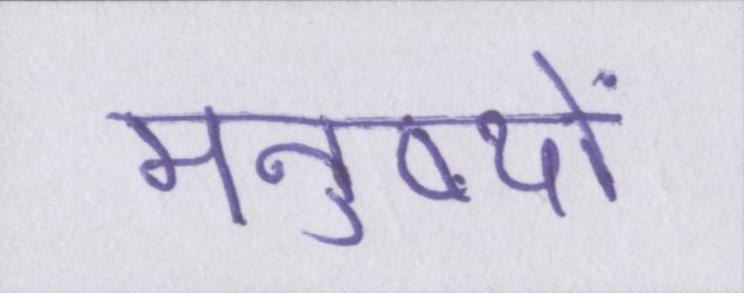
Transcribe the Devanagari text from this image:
मनुष्यों